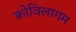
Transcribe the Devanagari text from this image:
कोविलागम